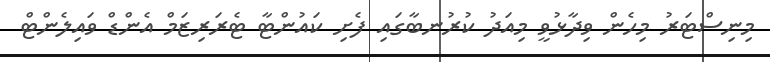
މިނިސްޓަރު މިހެން ވިދާޅުވީ މިއަދު ކުރުނބާގައި ފެށި ކައުންޓާ ޓެރަރިޒަމް އެންޑް ވައިލެންޓް